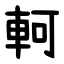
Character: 軻